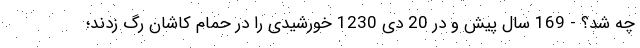
چه شد؟ - 169 سال پیش و در 20 دی 1230 خورشیدی را در حمام کاشان رگ زدند؛